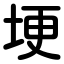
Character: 埂